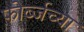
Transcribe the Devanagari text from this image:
फोर्ब्जच्या